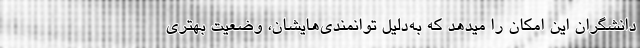
دانشگران این امکان را میدهد که به‌دلیل توانمندی‌هایشان، وضعیت بهتری